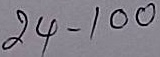
24 - 100